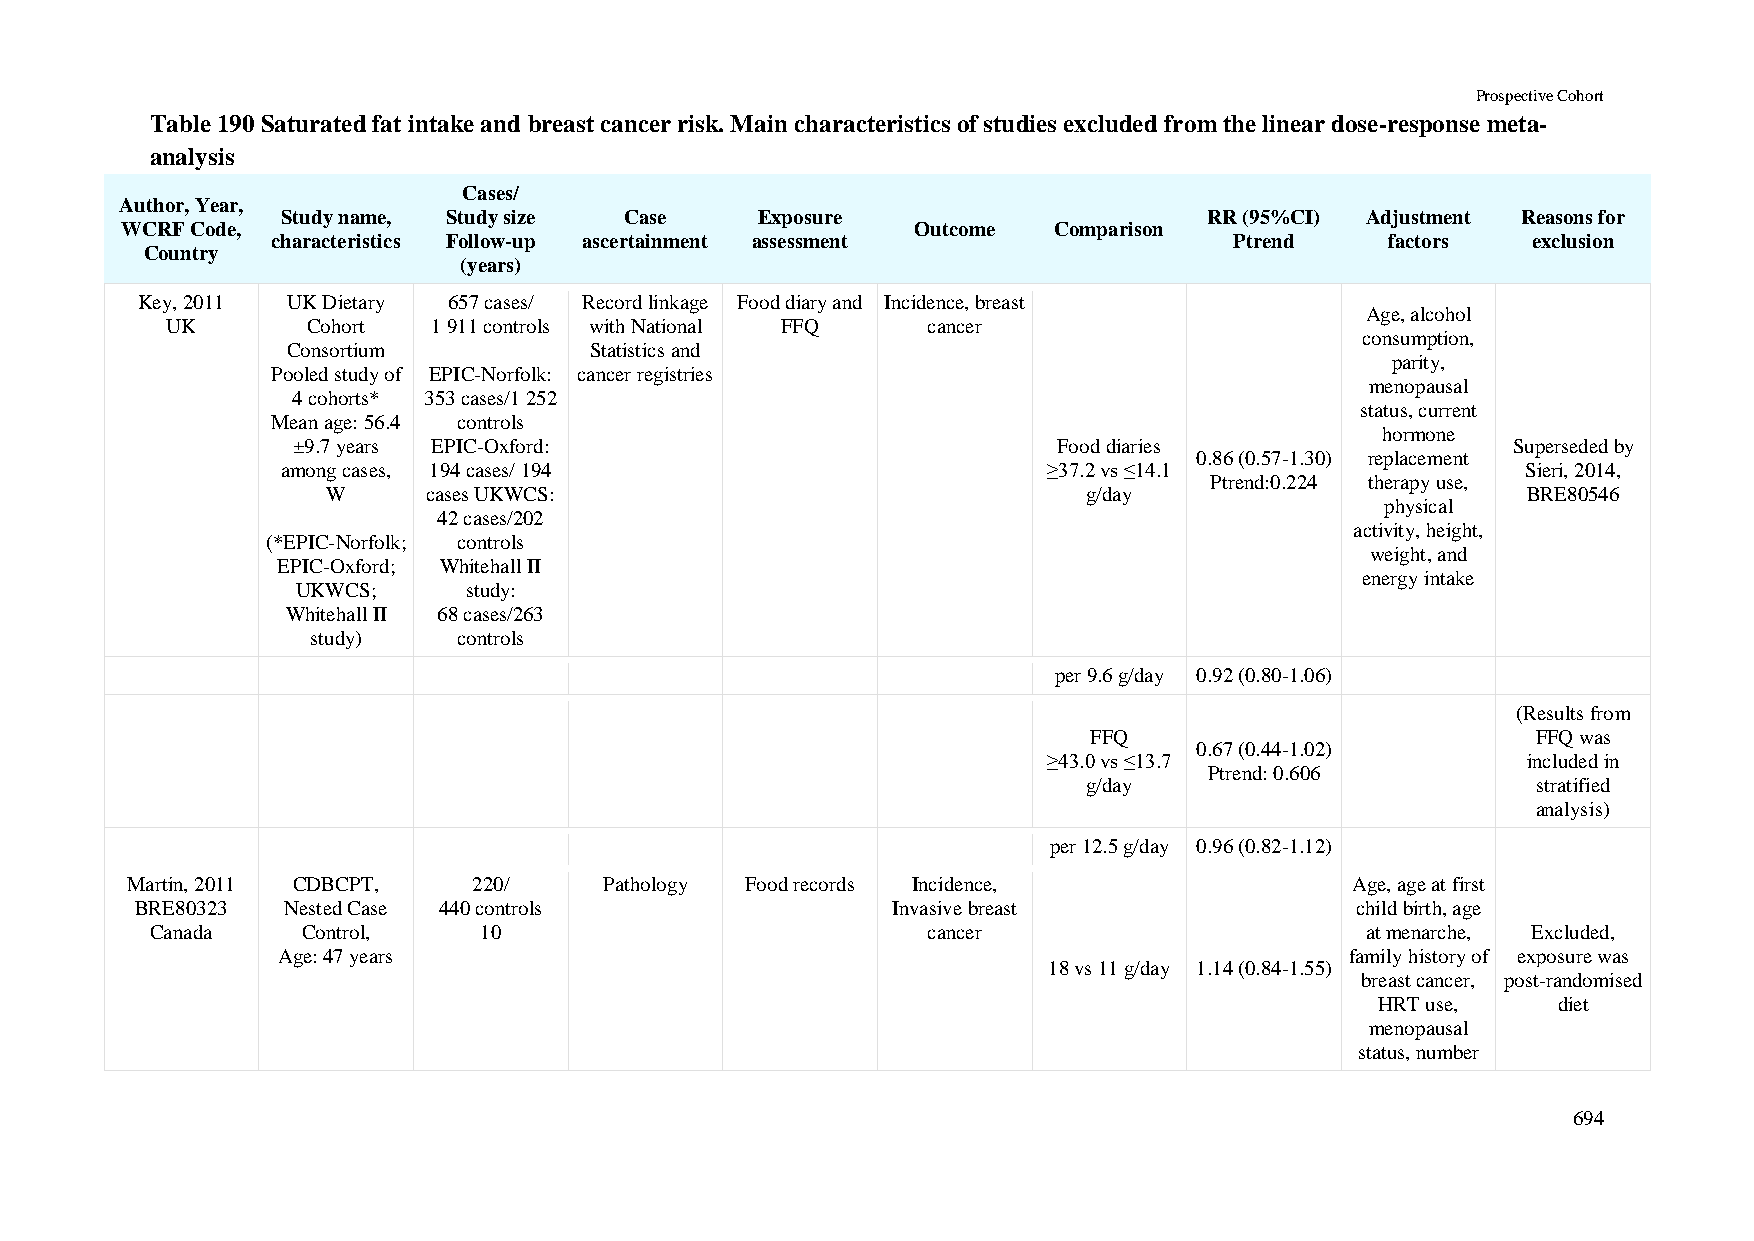
Prospective Cohort
 Table 190 Saturated fat intake and breast cancer risk. Main characteristics of studies excluded from the linear dose-response meta-
 analysis
 Cases/
 Author, Year,
 Study name, Study size Case    Exposure                      RR (95%CI) Adjustment Reasons for
 WCRF Code,                                           Outcome  Comparison
 characteristics Follow-up ascertainment assessment              Ptrend    factors  exclusion
 Country
 (years)
 Key, 2011 UK Dietary 657 cases/ Record linkage Food diary and Incidence, breast
 Age, alcohol
 UK       Cohort   1 911 controls with National FFQ cancer
 consumption,
 Consortium          Statistics and
 parity,
 Pooled study of EPIC-Norfolk: cancer registries
 menopausal
 4 cohorts* 353 cases/1 252
 status, current
 Mean age: 56.4 controls
 hormone
 ±9.7 years EPIC-Oxford:                            Food diaries                  Superseded by
 0.86 (0.57-1.30) replacement
 among cases, 194 cases/ 194                       ≥37.2 vs ≤14.1                  Sieri, 2014,
 Ptrend:0.224 therapy use,
 W     cases UKWCS:                                g/day                        BRE80546
 physical
 42 cases/202
 activity, height,
 (*EPIC-Norfolk; controls
 weight, and
 EPIC-Oxford; Whitehall II
 energy intake
 UKWCS;     study:
 Whitehall II 68 cases/263
 study)   controls
 per 9.6 g/day 0.92 (0.80-1.06)
 (Results from
 FFQ                           FFQ was
 0.67 (0.44-1.02)
 ≥43.0 vs ≤13.7                  included in
 Ptrend: 0.606
 g/day                         stratified
 analysis)
 per 12.5 g/day 0.96 (0.82-1.12)
 Martin, 2011 CDBCPT,   220/     Pathology Food records Incidence,                 Age, age at first
 BRE80323  Nested Case 440 controls                Invasive breast                child birth, age
 Canada    Control,    10                           cancer                       at menarche, Excluded,
 Age: 47 years                                                          family history of exposure was
 18 vs 11 g/day 1.14 (0.84-1.55)
 breast cancer, post-randomised
 HRT use,    diet
 menopausal
 status, number
 694